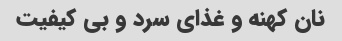
نان کهنه و غذای سرد و بی کیفیت